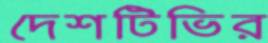
দেশটিভির